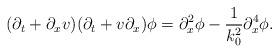
LaTeX: \begin{align*}(\partial_t+\partial_x v)(\partial_t+v\partial_x)\phi=\partial_{x}^{2} \phi - \frac{1}{k_{0}^{2}} \partial_{x}^{4} \phi.\end{align*}